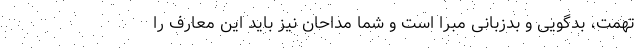
تهمت، بدگویی و بدزبانی مبرّا است و شما مداحان نیز باید این معارف را